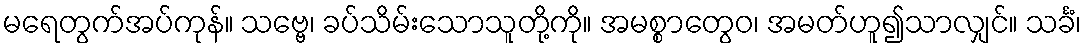
မရေတွက်အပ်ကုန်။ သဗ္ဗေ၊ ခပ်သိမ်းသောသူတို့ကို။ အမစ္စာတွေဝ၊ အမတ်ဟူ၍သာလျှင်။ သင်္ခံ၊